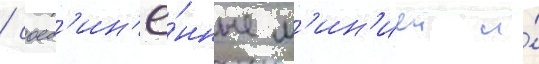
/ соед'ин'ё́нные л'ин'иеи и́